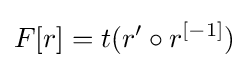
F[r]=t(r'\circ r^{[-1]})